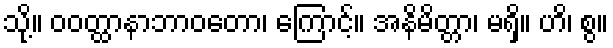
သို့။ ဝဝတ္ထာနာဘာဝတော၊ ကြောင့်။ အနိမိတ္တာ၊ မရှိ။ ဟိ၊ စွ။